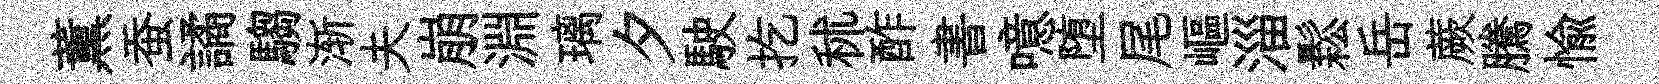
薫蚕譎騶渐夫崩淵璃夕駛扢秫酢書噫堕尾嶇淄鬆岳蕨騰愉